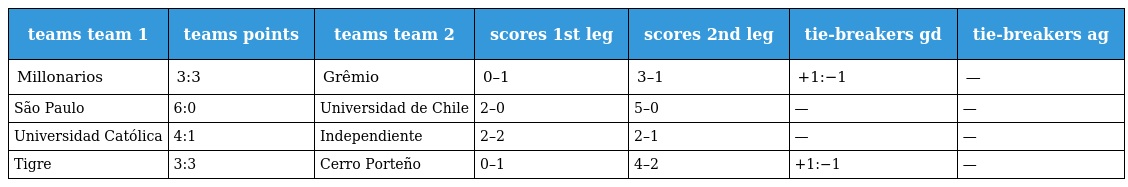
| teams team 1 | teams points | teams team 2 | scores 1st leg | scores 2nd leg | tie-breakers gd | tie-breakers ag |
 | --- | --- | --- | --- | --- | --- | --- |
 | Millonarios | 3:3 | Grêmio | 0–1 | 3–1 | +1:−1 | — |
 | São Paulo | 6:0 | Universidad de Chile | 2–0 | 5–0 | — | — |
 | Universidad Católica | 4:1 | Independiente | 2–2 | 2–1 | — | — |
 | Tigre | 3:3 | Cerro Porteño | 0–1 | 4–2 | +1:−1 | — |